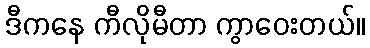
ဒီကနေ ကီလိုမီတာ ကွာဝေးတယ်။